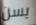
يسن